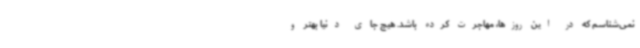
نمی‌شناسم که در این روزها، مهاجرت کرده باشد. هیچ جای دنیا بهتر و